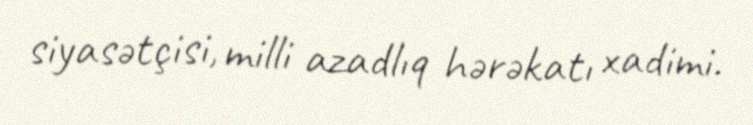
siyasətçisi, milli azadlıq hərəkatı xadimi.